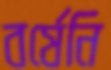
বর্ষেনি